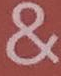
&